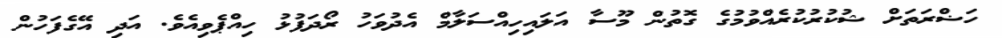
ހަޟްރަތަށް ޝުކުރުކުރެއްވުމުގެ ގޮތުން މޫސާ އަލައިހިއްސަލާމް އެދުވަހު ރޯދަފުޅު ހިއްޕެވިއެވެ. އަދި އޭގެފަހުން